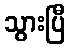
သွားပြီ